Civil Veterinary Department Bengal reports 1933-51 - 1933-1951
Year: 1933
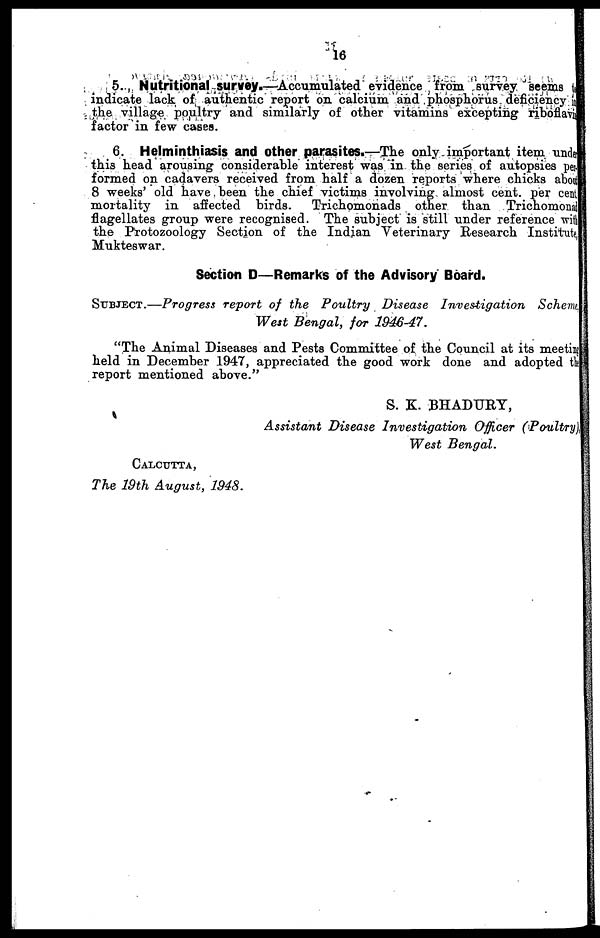
16
5. Nutritional survey.—Accumulated evidence from survey seems t o
indicate lack of authentic report on calcium and phosphorus
deficiency
the village poultry and similarly of other vitamins excepting riboflavia
factor in few cases.
6. Helminthiasis and other parasites.—The only important item under
this head arousing considerable interest was. in the series of autopsies per-
formed on cadavers received from half a dozen reports where chicks about
8 weeks' old have been the chief victims involving almost cent. per cent.
mortality in affected birds.
Trichomonads other than Trichomonad
flagellates group were recognised. The subject is still under reference with
the Protozoology Section of the Indian Veterinary Research Institute,
Mukteswar.
Section D—Remarks of the Advisory Board.
SUBJECT.—Progress report of the Poultry
Disease Investigation
Scheme
West Bengal, for 1946-47.
"The Animal Diseases and Pests Committee of the Council at its meeting
held in December 1947, appreciated the good work done and adopted the
report mentioned above."
S. K. BHADURY,
Assistant Disease Investigation
Officer (Poultry)
West
Bengal.
CALCUTTA,
The 19th August, 1948.